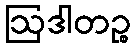
ဩဒါတဉ္စ